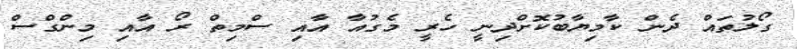
ގޯލުތައް ދެން ކާމިޔާބުކޮށްދިނީ ހެރީ މެގުއާ އާއި ސްމިތް ރޯ އާއި މިންގްސް